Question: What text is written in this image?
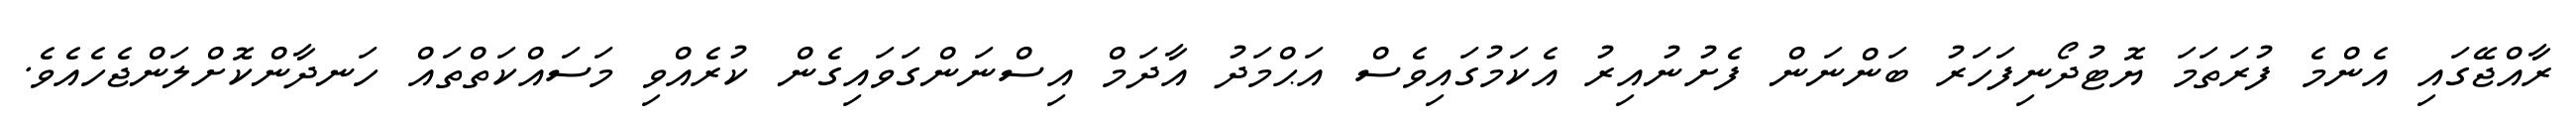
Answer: ރާއްޖޭގައި އެންމެ ފުރަތަމަ ޔޮޓުދޯނިފަހަރު ބަންނަން ފެށުނުއިރު އެކަމުގައިވެސް އަޙްމަދު އާދަމް އިސްނަންގަވައިގެން ކުރެއްވި މަސައްކަތްތައް ހަނދާންކޮށްލަންޖެހެއެވެ.